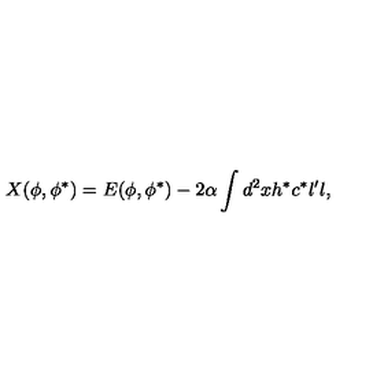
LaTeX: X ( \phi , \phi ^ { \ast } ) = E ( \phi , \phi ^ { \ast } ) - 2 \alpha \int d ^ { 2 } x h ^ { \ast } c ^ { \ast } l ^ { \prime } l ,